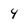
Character: 4